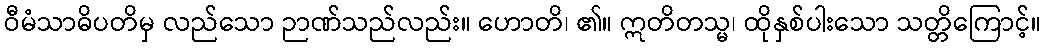
ဝီမံသာဓိပတိမှ လည်သော ဉာဏ်သည်လည်း။ ဟောတိ၊ ၏။ ဣတိတသ္မ၊ ထိုနှစ်ပါးသော သတ္တိကြောင့်။